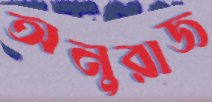
অনুরাজ